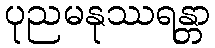
ပုညမနုဿရန္တာ